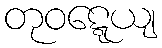
တုဝဋ္ဋေယျ